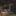
لي